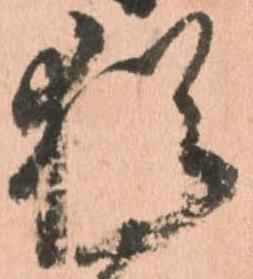
猶